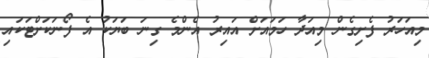
މިއަހަރު ފެށިގެން މިއަދާ ހަމައަށް އައިރު އެންމެ ގިނަ ބަޔަކު އެ ފޯނަކަށްޓަކައި